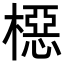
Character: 𬄚